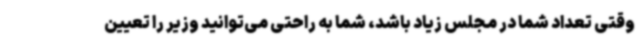
وقتی تعداد شما در مجلس زیاد باشد، شما به راحتی می‌توانید وزیر را تعیین